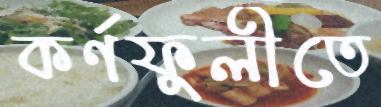
কর্ণফুলীতে